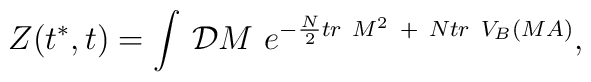
Z(t^*,t)=\int\,{\cal D}M\ e^{-{N\over 2} tr~M^2\ +\ N tr~V_B(M A)},